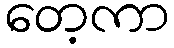
တေ့ကာ